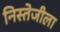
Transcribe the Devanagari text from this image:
निस्तेजीला